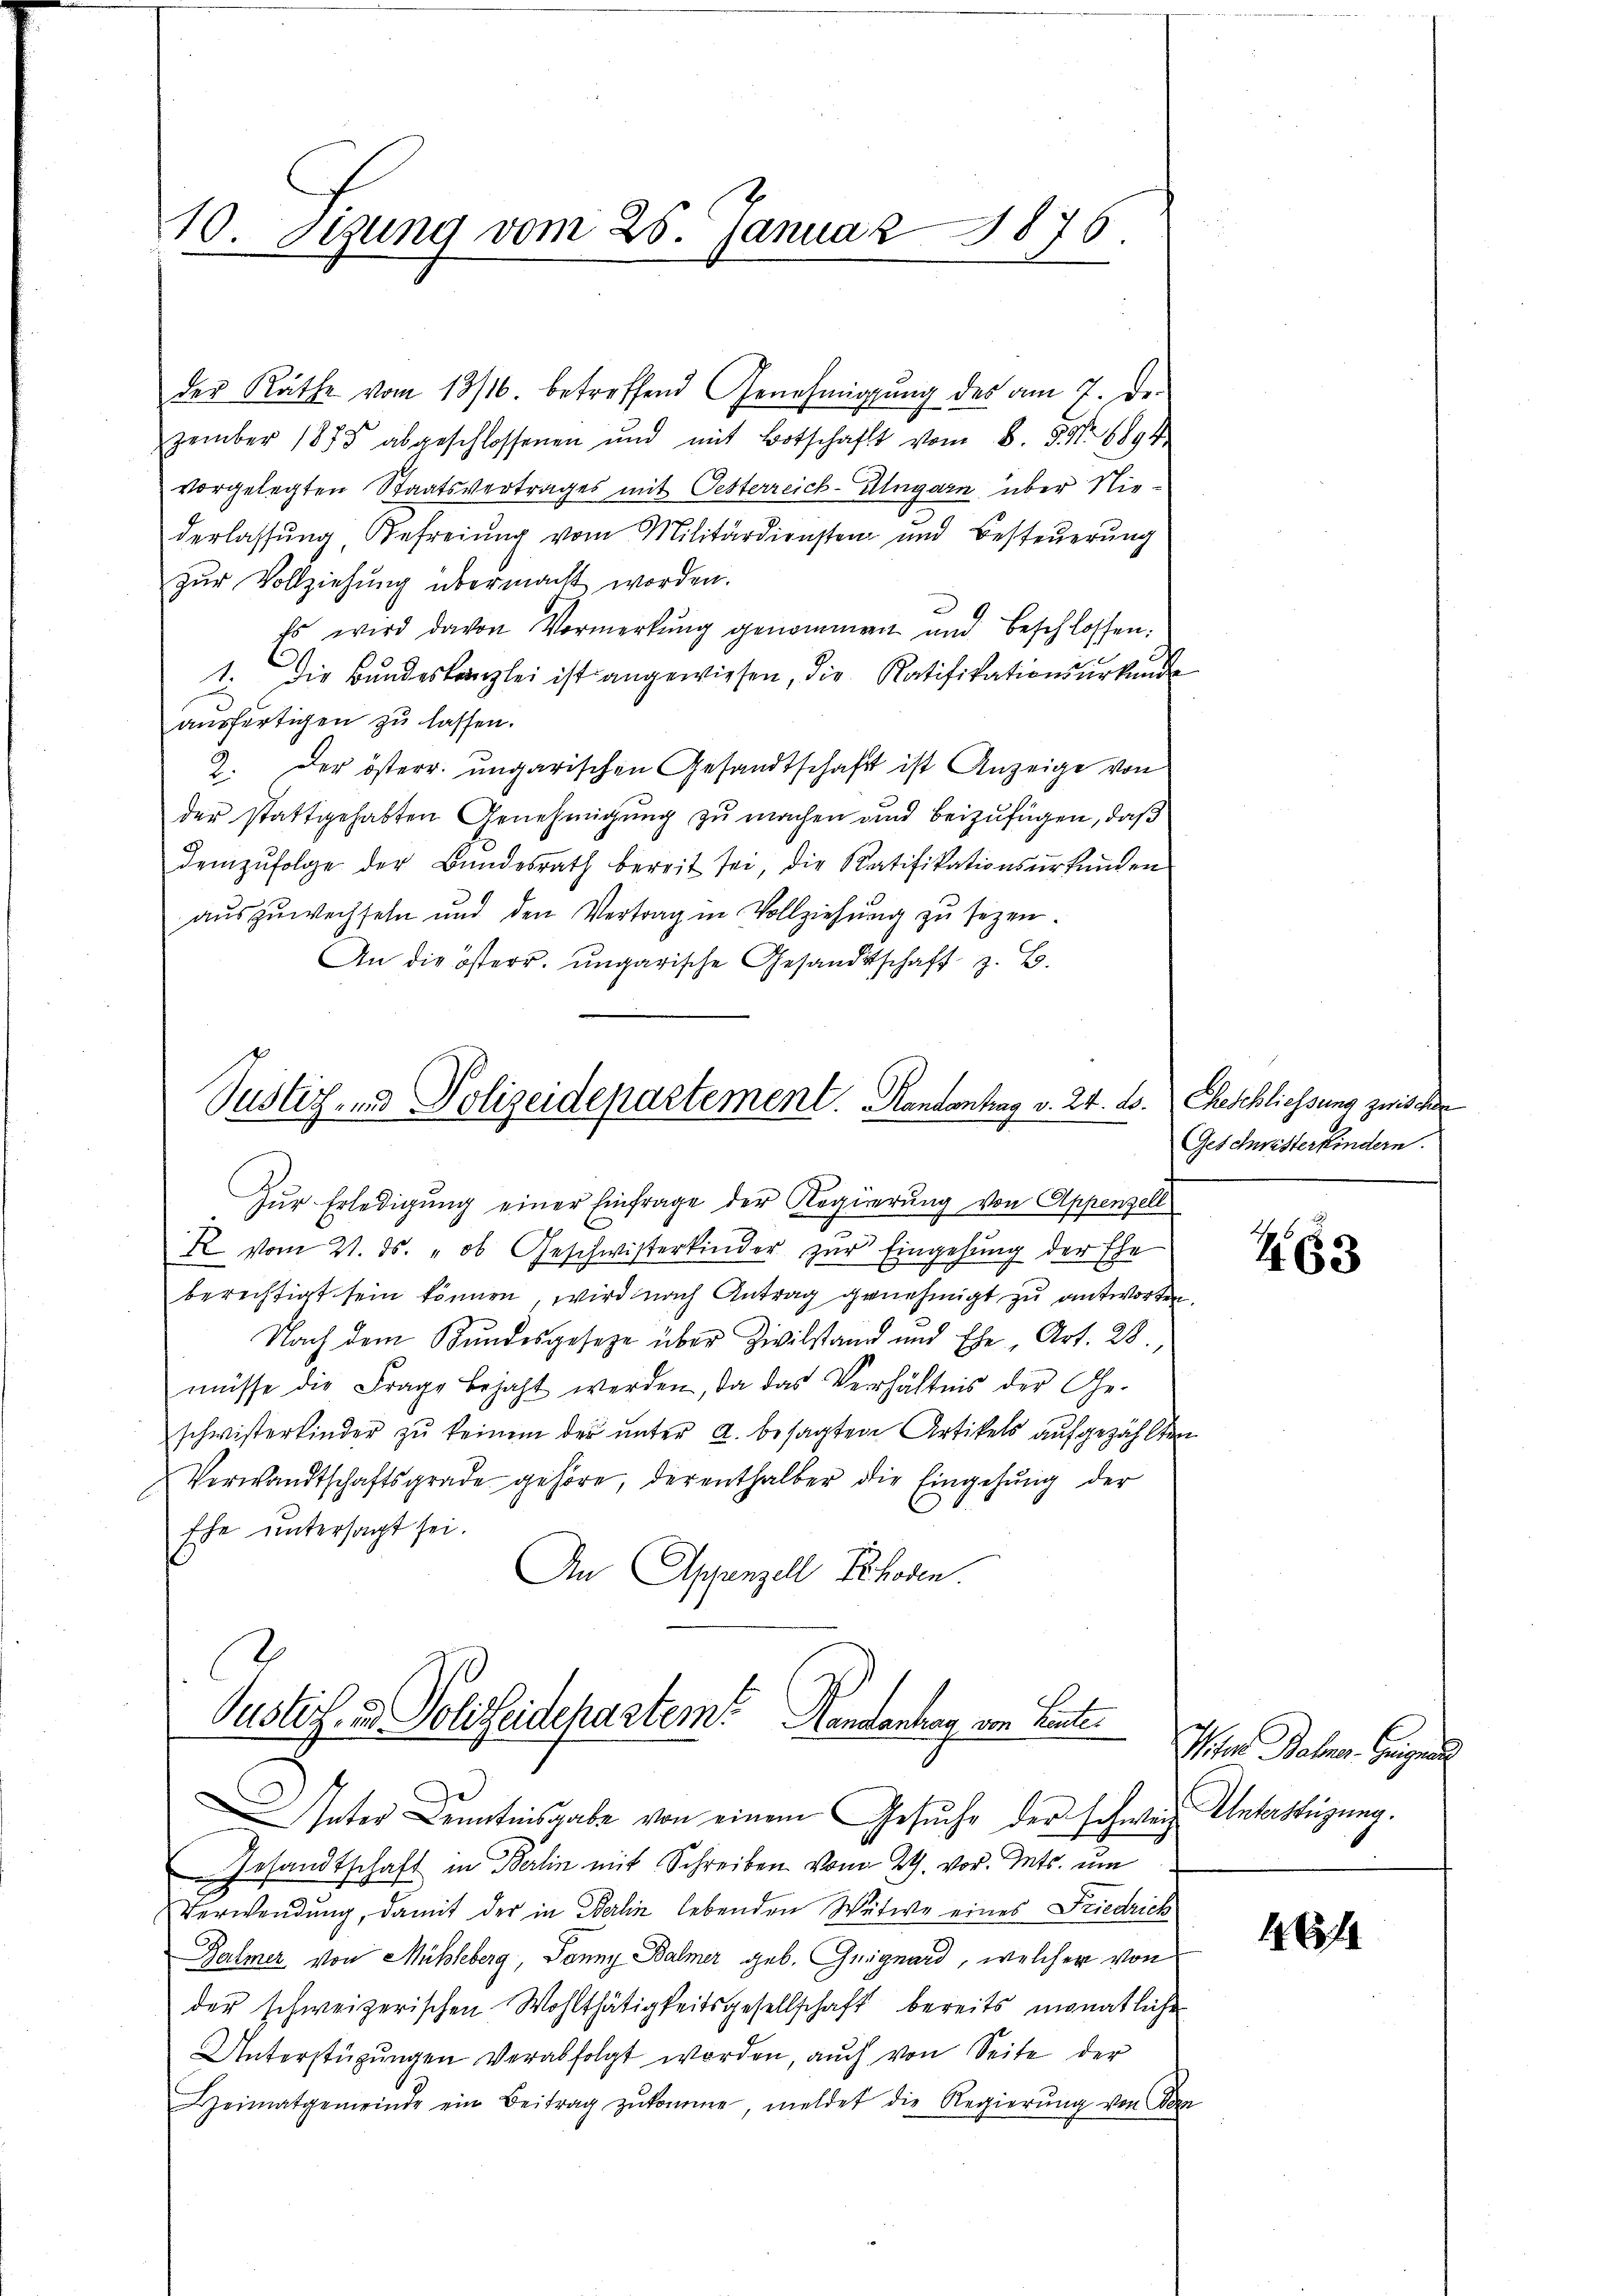
10. Sizung vom 25. Januar 1876.

der Räthe vom 13/16. betreffend Genehmigŭng des am 7. De
zember 1885 abgeschlossenen und mit Botschaft vom 8. d. No. 6894.
vorgelegten Staatsvertrages mit Oesterreich-Ungarn über Niederlassung, Befreiung vom Militärdiensten und Besteuerung
zur Vollziehung übermacht worden.
Es wird davon Vormerkŭng genommen und beschlossen.
1. Die Bŭndeskanzlei ist angewiesen, die Ratifikationsurkunde
e
ausfertigen zu lassen.
2. Der österr. ungarischen Gesandtschaft ist Anzeige von
der stattgehabten Genehmigŭng zŭ machen und beizufügen, daß
demzufolge der Bundesrath bereit sei, die Ratifikationsurkunden
auszuwechseln und den Vertrag in Vollziehŭng zu sezen.
An die österr. ungarische Gesandtschaft z. B.

Justiz- und Polizeidepartement. Randontrag v. 24. ds.
Zur Erledigung einer Einfrage der Regierung von Appenzell

R vom 21. ds. " ob Geschwisterkinder zur Eingehung der Ehe
berechtigt sein können, wird nach Antrag genehmigt zu antworten
Nach dem Bundesgesetze über Zivilstand und Ehe, Art. 28.
müsse die Frage bejaht werden, da das Verhältnis der Ge-
schwisterkinder zŭ keinem der unter a. besagten Artikels aufgezählten
Verwandtschaftsgrade gehöre, der enthalber die Eingehung der
Ehe untersagt sei.
An Appenzell Schosen.

x
Justiz- u. Polizeidepartem Handenbar von Leute
Inter Kenntnisgabe von einem Gesuche der schweiz. Unterstüzung.

Gesandtschaft in Berlin mit Schreiben vom 24. vor. Mts. um
Verwendung, damit der in Berlin lebenden Witwe eines Friedrich
Balmer von Mühleberg, Janny Balmer geb. Guignard, welcher von
der schweizerischen Wohlthätigkeitsgesellschaft bereits monatlichen
Unterstügŭngen verabfolgt worden, aŭch von Seite der
Heimatgemeinde ein Beitrag zŭkomme meldet die Regierŭng von Dan

Geschliessung zwischen
Geschristerkindern.

463

Miter Bahnen. Geigen

16